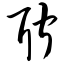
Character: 聍